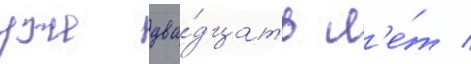
уже два́дцать л'е́т /